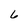
Character: 6